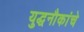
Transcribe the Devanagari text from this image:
युद्धनौकांचे